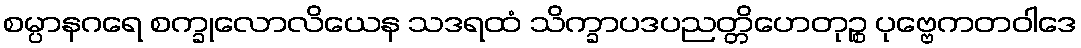
စမ္ပာနဂရေ စက္ခုလောလိယေန သဒရထံ သိက္ခာပဒပညတ္တိဟေတုဉ္စ ပုဗ္ဗေကတဝါဒေ